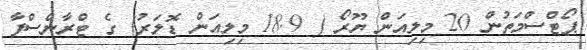
ޕޯޓްސްމަތުން 20 މިލިއަން ޔޫރޯ ( 18.9 މިލިއަން ޑޮލަރު) ގެ ޓްރާންސްފާ